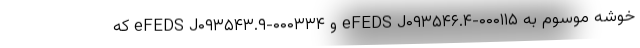
خوشه موسوم به eFEDS J۰۹۳۵۴۶.۴-۰۰۰۱۱۵ و eFEDS J۰۹۳۵۴۳.۹-۰۰۰۳۳۴ که